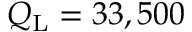
Q _ { \mathrm { L } } = 3 3 , 5 0 0